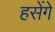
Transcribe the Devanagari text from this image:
हसेंगे